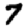
Digit: 7